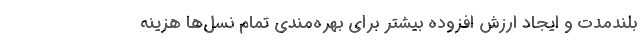
بلندمدت و ایجاد ارزش افزوده بیشتر برای بهره‌مندی تمام نسل‌ها هزینه